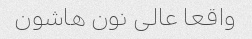
واقعا عالی نون هاشون